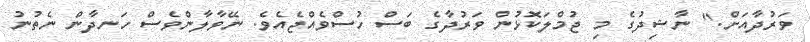
ވަރުދާއަށް." ނާޝިދުގެ މި ޖުމްލަކޮޅުން ވަރުދާގެ ބަސް ހުސްވެއްޖެއެވެ. ނޭވާލާންވެސް ހަނދާން ނެތުނު